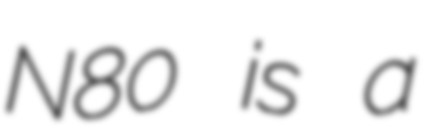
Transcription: N80 is a